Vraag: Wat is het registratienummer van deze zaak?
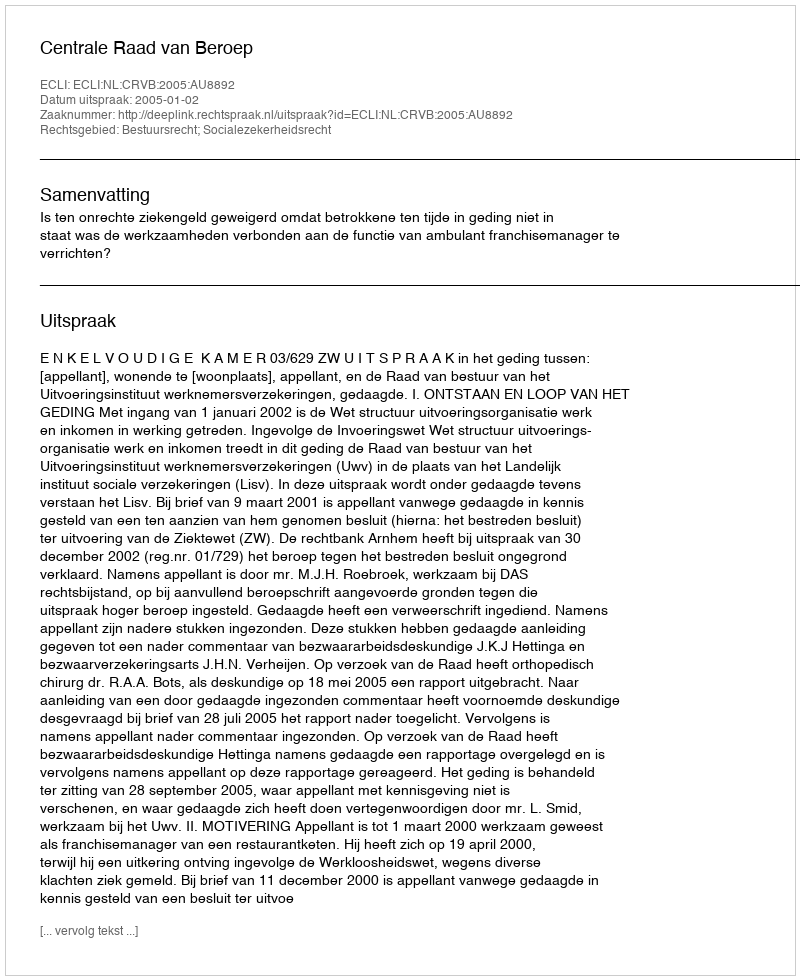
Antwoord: http://deeplink.rechtspraak.nl/uitspraak?id=ECLI:NL:CRVB:2005:AU8892